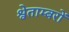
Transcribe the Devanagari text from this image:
श्वेताम्बरों